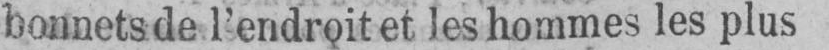
bonnets de l’endroit et les hommes les plus